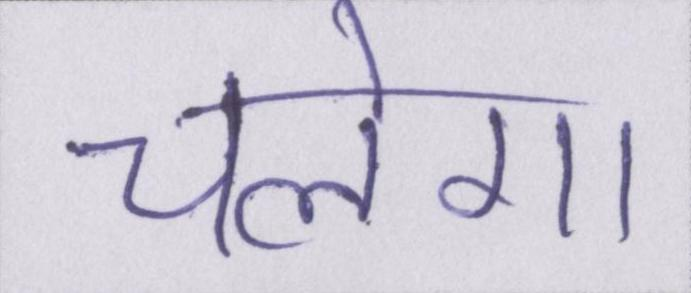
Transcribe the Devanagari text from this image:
चलेगा